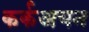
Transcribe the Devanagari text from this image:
कर्कअयन